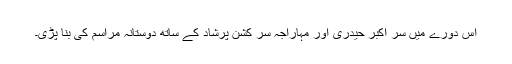
اس دورے میں سر اکبر حیدری اور مہاراجہ سر کشن پرشاد کے ساتھ دوستانہ مراسم کی بنا پڑی۔